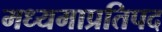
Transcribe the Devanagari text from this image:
मध्यमाप्रतिपद